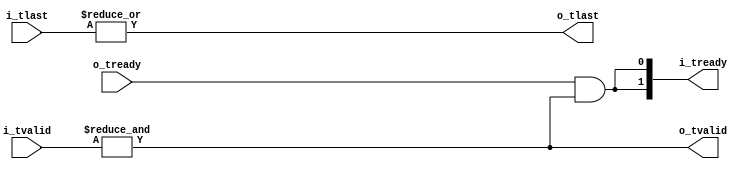


// Copyright 2014 Ettus Research

module axi_join
  #(parameter INPUTS=2)
  (input [INPUTS-1:0] i_tlast, input [INPUTS-1:0] i_tvalid, output [INPUTS-1:0] i_tready,
   output o_tlast, output o_tvalid, input o_tready);

   wire   all_here = &i_tvalid;
   assign o_tvalid = all_here;
   assign o_tlast = |i_tlast;
   assign i_tready = {INPUTS{o_tready & all_here}};
   
endmodule // axi_join